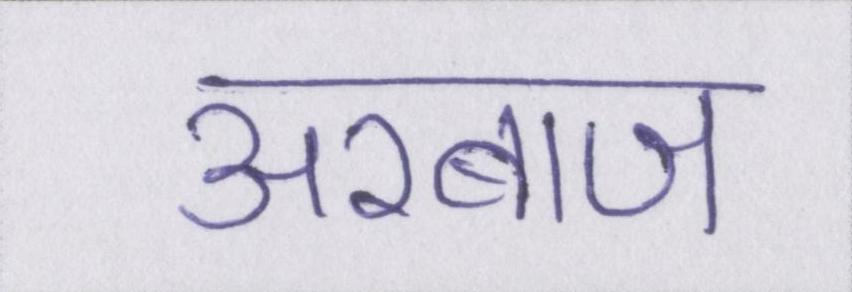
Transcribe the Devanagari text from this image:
अरबाज